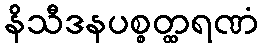
နိသီဒနပစ္စတ္ထရဏံ